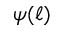
\psi ( \ell )